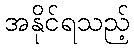
အနိုင်ရသည့်